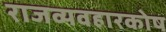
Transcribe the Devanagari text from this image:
राजव्यवहारकोष